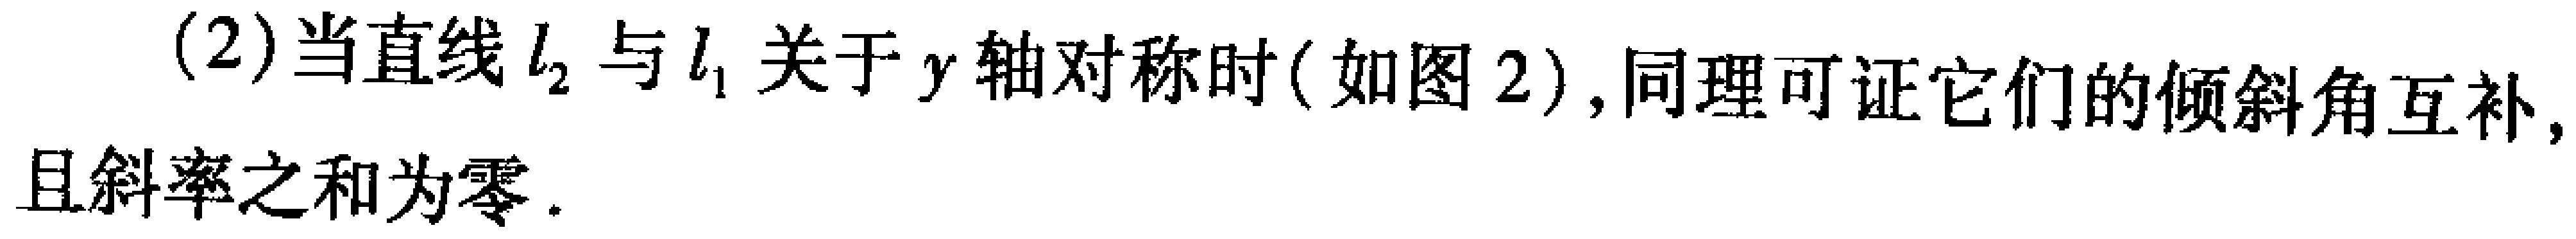
(2)当直线\(l_{2}\)与\(l_{1}\)关于\(y\)轴对称时(如图2),同理可证它们的倾斜角互补,且斜率之和为零.